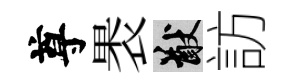
尊褁猷訪